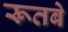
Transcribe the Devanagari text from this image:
रूतबे